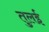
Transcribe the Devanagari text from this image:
तुलई